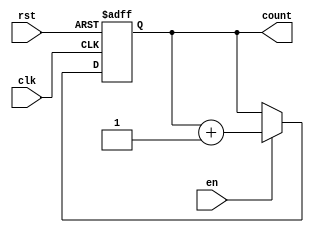
module binary_up_counter #(
    parameter N = 3  // Number of bits for the counter
)(
    input wire clk,   // Clock input
    input wire rst,   // Asynchronous reset
    input wire en,    // Enable signal
    output reg [N-1:0] count  // Counter value output
);

// Asynchronous reset and counting logic
always @(posedge clk or posedge rst) begin
    if (rst) begin
        // Resetting the counter to zero
        count <= 0;
    end else if (en) begin
        // Incrementing the counter value
        count <= count + 1;
    end
end

endmodule